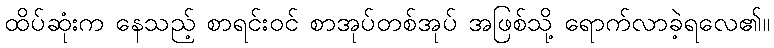
ထိပ်ဆုံးက နေသည့် စာရင်းဝင် စာအုပ်တစ်အုပ် အဖြစ်သို့ ရောက်လာခဲ့ရလေ၏။